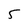
Character: 5